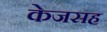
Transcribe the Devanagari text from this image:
केजसह